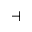
\dashv